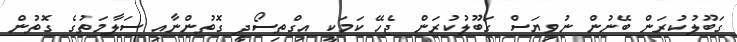
ގަބޫލުކުރަން ބޭނުން ނުވިޔަސް ގަބޫލުކުރަން ޖެހޭ ކަމަކީ އިގްތިސޯދީ ގޮތުންނާއި ސަލާމަތުގެ ގޮތުން